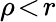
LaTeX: \rho\! <\! r